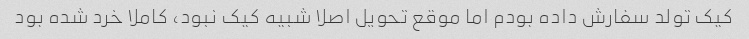
کیک تولد سفارش داده بودم اما موقع تحویل اصلا شبیه کیک نبود، کاملا خرد شده بود